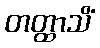
တတ္ထာသိံ